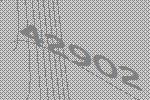
42902